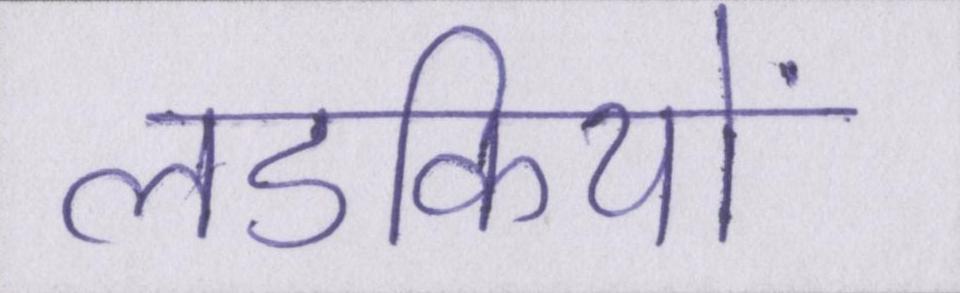
लडकियों